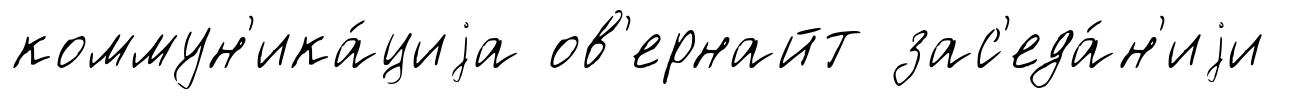
коммун'ика́циjа ов'ернайт зас'еда́н'иjи